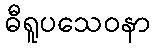
ဓီရူပသေဝနာ